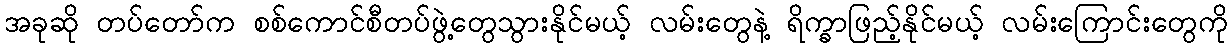
အခုဆို တပ်တော်က စစ်ကောင်စီတပ်ဖွဲ့တွေသွားနိုင်မယ့် လမ်းတွေနဲ့ ရိက္ခာဖြည့်နိုင်မယ့် လမ်းကြောင်းတွေကို